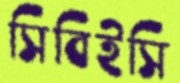
সিবিইসি